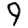
Digit: 9